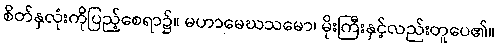
စိတ်နှလုံးကိုပြည့်စေရာ၌။ မဟာမေဃသမော၊ မိုးကြီးနှင့်လည်းတူပေ၏။